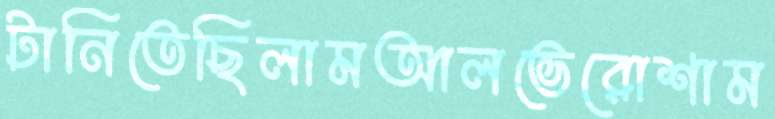
টানিতেছিলামআলভেরোশাম